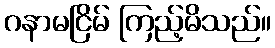
ဂနာမငြိမ် ကြည့်မိသည်။